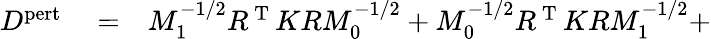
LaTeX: \begin{array}{rlr}{D^{\mathrm{pert}}}&{{}=}&{M_{1}^{-1/2}R^{\mathrm{~T~}}KRM_{0}^{-1/2}+M_{0}^{-1/2}R^{\mathrm{~T~}}KRM_{1}^{-1/2}+}\end{array}